Annual report of the Imperial Bacteriologist
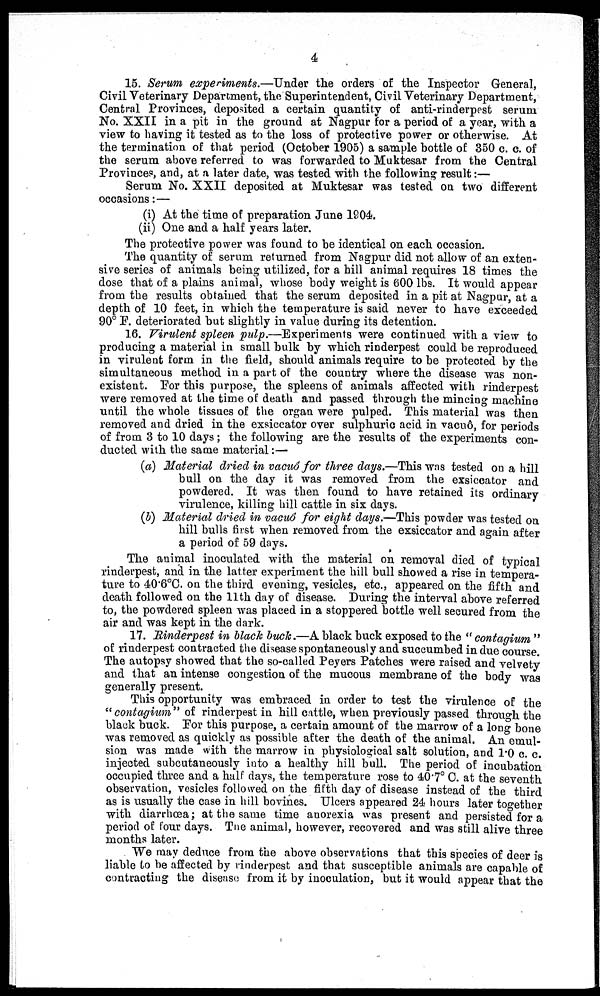
4
15. Serum experiments.—Under the orders of the Inspector General,
Civil Veterinary Department, the Superintendent, Civil Veterinary Department,
Central Provinces, deposited a certain quantity of anti-rinderpest serum
No. XXII in a pit in the ground at Nagpur for a period of a year, with a
view to having it tested as to the loss of protective power or otherwise. At
the termination of that period (October 1905) a sample bottle of 350 c. c. of
the serum above referred to was forwarded to Muktesar from the Central
Provinces, and, at a later date, was tested with the following result:—
Serum No. XXII deposited at Muktesar was tested on two different
occasions:—
(i) At the time of preparation June 1904.
(ii) One and a half years later.
The protective power was found to be identical on each occasion.
The quantity of serum returned from Nagpur did not allow of an exten-
sive series of animals being utilized, for a hill animal requires 18 times the
dose that of a plains animal, whose body weight is 600 lbs. It would appear
from the results obtained that the serum deposited in a pit at Nagpur, at a
depth of 10 feet, in which the temperature is said never to have exceeded
90° F. deteriorated but slightly in value during its detention.
16. Virulent spleen pulp.—Experiments were continued with a view to
producing a material in small bulk by which rinderpest could be reproduced
in virulent form in the field, should animals require to be protected by the
simultaneous method in a part of the country where the disease was non-
existent. For this purpose, the spleens of animals affected with rinderpest
were removed at the time of death and passed through the mincing machine
until the whole tissues of the organ were pulped. This material was then
removed and dried in the exsiccator over sulphuric acid in vacuô, for periods
of from 3 to 10 days; the following are the results of the experiments con-
ducted with the same material:—
(a) Material dried in vacuô for three days.—This was tested on a hill
bull on the day it was removed from the exsiccator and
powdered. It was then found to have retained its ordinary
virulence, killing hill cattle in six days.
(b) Material dried in vacuô for eight days.—This powder was tested on
hill bulls first when removed from the exsiccator and again after
a period of 59 days.
The animal inoculated with the material on removal died of typical
rinderpest, and in the latter experiment the hill bull showed a rise in tempera-
ture to 40.6°C. on the third evening, vesicles, etc., appeared on the fifth and
death followed on the 11th day of disease. During the interval above referred
to, the powdered spleen was placed in a stoppered bottle well secured from the
air and was kept in the dark.
17. Rinderpest in black buck.—A black buck exposed to the " contagium "
of rinderpest contracted the disease spontaneously and succumbed in due course.
The autopsy showed that the so-called Peyers Patches were raised and velvety
and that an intense congestion of the mucous membrane of the body was
generally present.
This opportunity was embraced in order to test the virulence of the
"contagium" of rinderpest in hill cattle, when previously passed through the
black buck. For this purpose, a certain amount of the marrow of a long bone
was removed as quickly as possible after the death of the animal. An emul-
sion was made with the marrow in physiological salt solution, and 1.0 c. c.
injected subcutaneously into a healthy hill bull. The period of incubation
occupied three and a half days, the temperature rose to 40.7° C. at the seventh
observation, vesicles followed on the fifth day of disease instead of the third
as is usually the case in hill bovines. Ulcers appeared 24 hours later together
with diarrhœa; at the same time anorexia was present and persisted for a
period of four days. The animal, however, recovered and was still alive three
months later.
We may deduce from the above observations that this species of deer is
liable to be affected by rinderpest and that susceptible animals are capable of
contracting the disease from it by inoculation, but it would appear that the